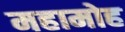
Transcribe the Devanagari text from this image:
महामोह